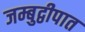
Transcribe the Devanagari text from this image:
जम्बुद्वीपात